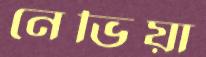
নেভিয়া